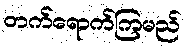
တက်ရောက်ကြမည်